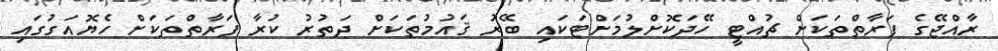
ރާއްޖޭގެ ފަރާތްތަކަށް ޗުއްޓީ ހޭދަކޮށްލުމަށްޓަކައި ބޭރު ޤައުމުތަކަށް ދަތުރު ކުރާ ފަރާތްތަކަށް ހެޔޮއަގުގައި